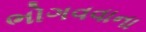
ભોગવવાના